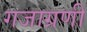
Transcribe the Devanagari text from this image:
गजाग्रणी